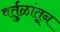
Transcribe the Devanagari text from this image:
वर्तुळांतून